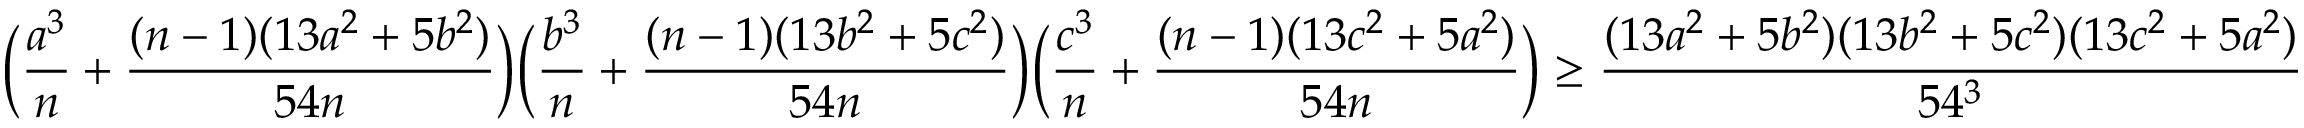
\Big ( \frac { a ^ { 3 } } { n } + \frac { ( n - 1 ) ( 1 3 a ^ { 2 } + 5 b ^ { 2 } ) } { 5 4 n } \Big ) \Big ( \frac { b ^ { 3 } } { n } + \frac { ( n - 1 ) ( 1 3 b ^ { 2 } + 5 c ^ { 2 } ) } { 5 4 n } \Big ) \Big ( \frac { c ^ { 3 } } { n } + \frac { ( n - 1 ) ( 1 3 c ^ { 2 } + 5 a ^ { 2 } ) } { 5 4 n } \Big ) \geq \frac { ( 1 3 a ^ { 2 } + 5 b ^ { 2 } ) ( 1 3 b ^ { 2 } + 5 c ^ { 2 } ) ( 1 3 c ^ { 2 } + 5 a ^ { 2 } ) } { 5 4 ^ { 3 } }